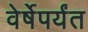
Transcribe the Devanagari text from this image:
वेर्षेपर्यंत